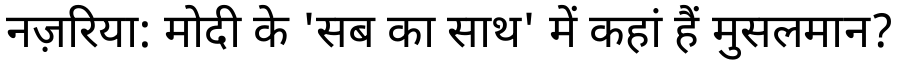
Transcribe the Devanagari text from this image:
नज़रिया: मोदी के 'सब का साथ' में कहां हैं मुसलमान?